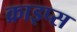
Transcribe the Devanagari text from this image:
क्राइप्स